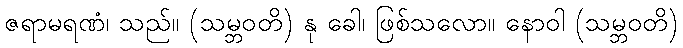
ဇရာမရဏံ၊ သည်။ (သမ္ဘဝတိ) နု ခေါ၊ ဖြစ်သလော။ နောဝါ (သမ္ဘဝတိ)